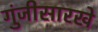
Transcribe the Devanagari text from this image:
गुंजीसारखे